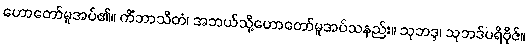
ဟောတော်မူအပ်၏။ ကိံဘာသိတံ၊ အဘယ်သို့ဟောတော်မူအပ်သနည်း။ သုဘဒ္ဒ၊ သုဘဒ်ပရိဗိုဇ်။